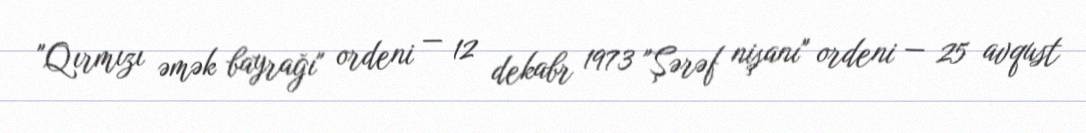
"Qırmızı əmək bayrağı" ordeni — 12 dekabr 1973 "Şərəf nişanı" ordeni — 25 avqust